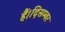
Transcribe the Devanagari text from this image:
हैं।दिसम्बर